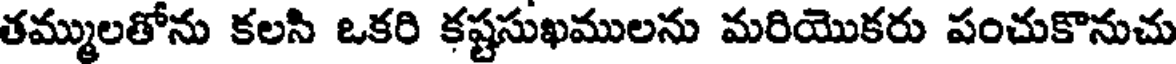
తమ్ములతోను కలసి ఒకరి కష్టసుఖములను మరియొకరు పంచుకొనుచు